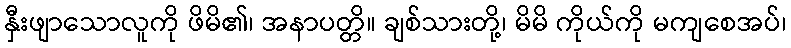
နှီးဖျာသောလူကို ဖိမိ၏၊ အနာပတ္တိ။ ချစ်သားတို့၊ မိမိ ကိုယ်ကို မကျစေအပ်၊